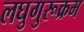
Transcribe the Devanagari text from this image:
लघुगुरूक्रम